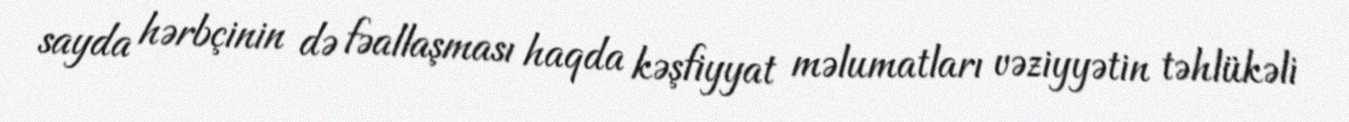
sayda hərbçinin də fəallaşması haqda kəşfiyyat məlumatları vəziyyətin təhlükəli